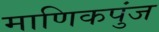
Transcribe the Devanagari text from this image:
माणिकपुंज